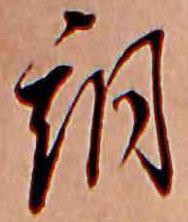
朝